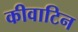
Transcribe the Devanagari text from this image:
कीवाटिन